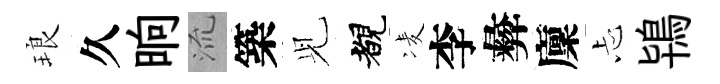
琅久晌𣴑築𫤗覩凌李彜廩忐鴇